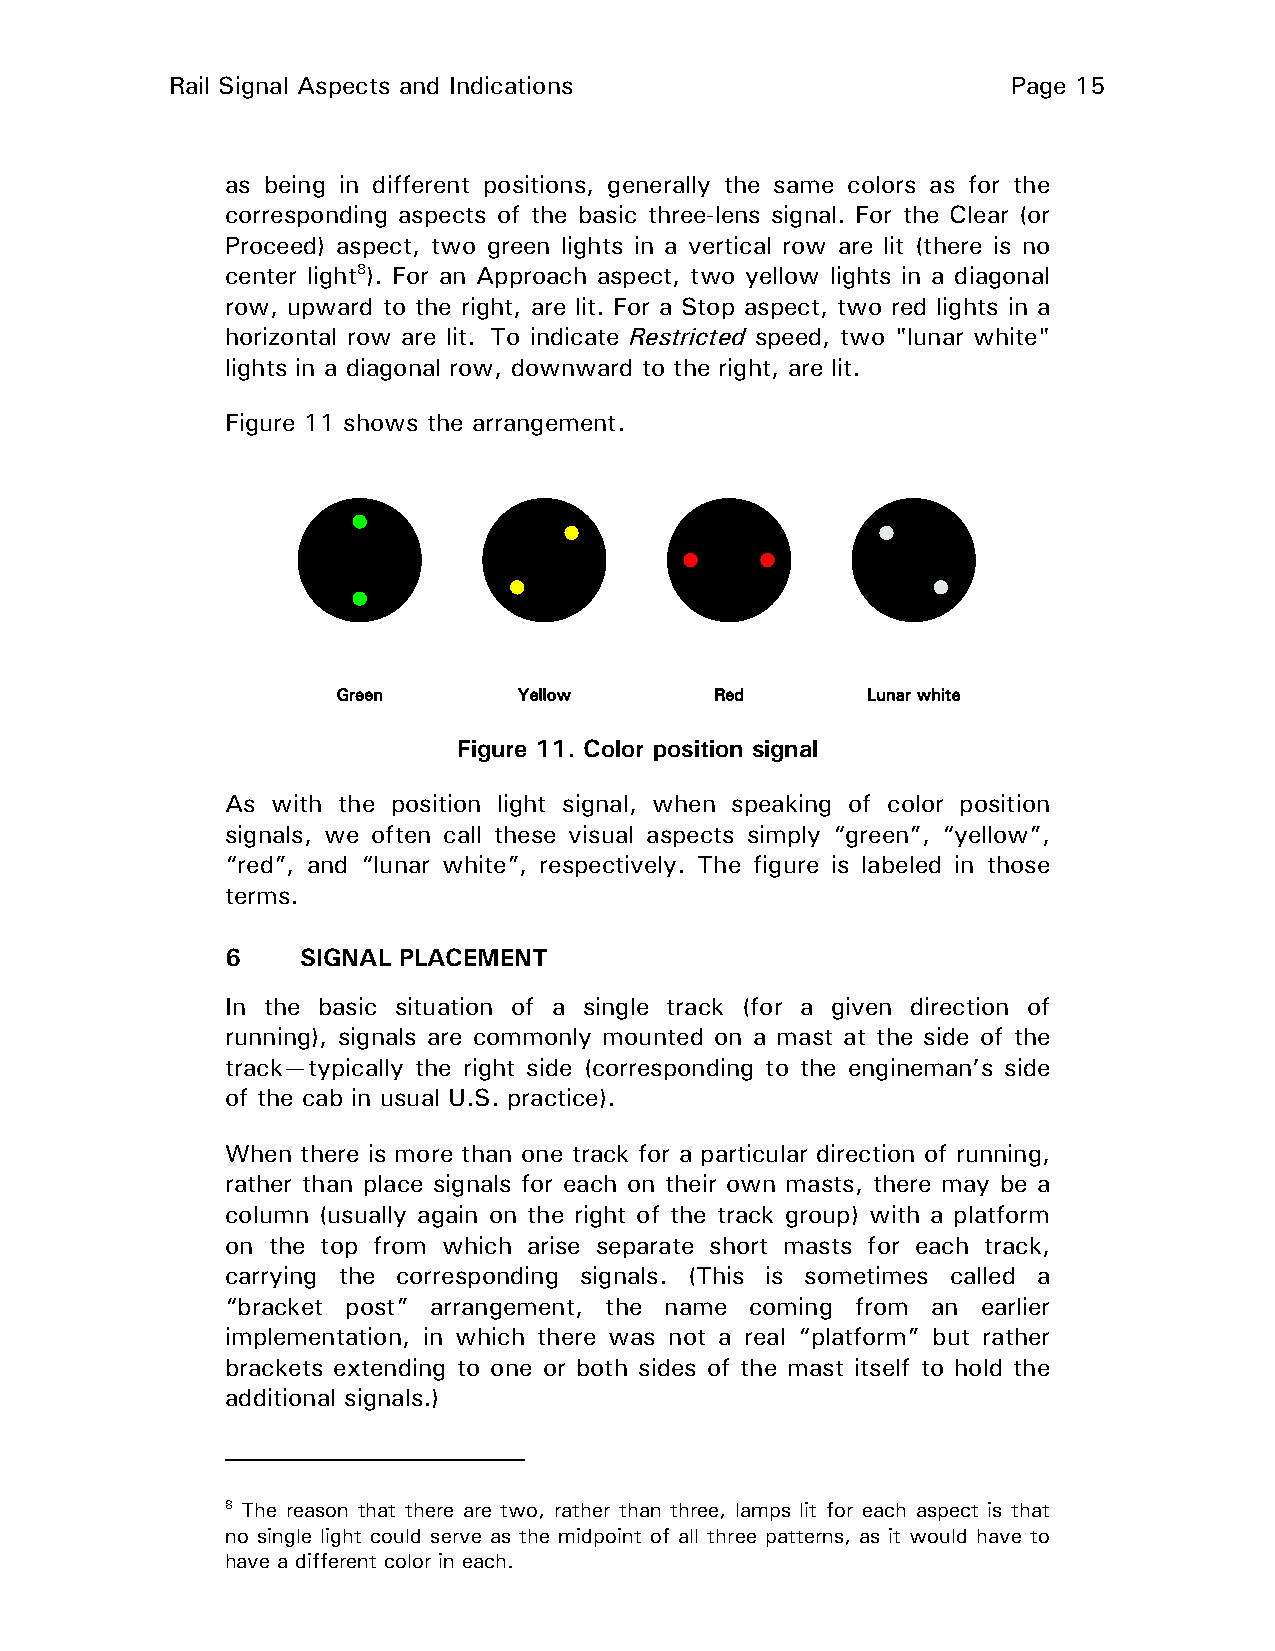
Rail Signal Aspects and Indications                     Page 15
 as being in different positions, generally the same colors as for the
 corresponding aspects of the basic three-lens signal. For the Clear (or
 Proceed) aspect, two green lights in a vertical row are lit (there is no
 center light8). For an Approach aspect, two yellow lights in a diagonal
 row, upward to the right, are lit. For a Stop aspect, two red lights in a
 horizontal row are lit. To indicate Restricted speed, two "lunar white"
 lights in a diagonal row, downward to the right, are lit.
 Figure 11 shows the arrangement.
 Figure 11. Color position signal
 As with the position light signal, when speaking of color position
 signals, we often call these visual aspects simply “green”, “yellow”,
 “red”, and “lunar white”, respectively. The figure is labeled in those
 terms.
 6    SIGNAL PLACEMENT
 In the basic situation of a single track (for a given direction of
 running), signals are commonly mounted on a mast at the side of the
 track—typically the right side (corresponding to the engineman’s side
 of the cab in usual U.S. practice).
 When there is more than one track for a particular direction of running,
 rather than place signals for each on their own masts, there may be a
 column (usually again on the right of the track group) with a platform
 on the top from which arise separate short masts for each track,
 carrying the corresponding signals. (This is sometimes called a
 “bracket post” arrangement, the name coming from an earlier
 implementation, in which there was not a real “platform” but rather
 brackets extending to one or both sides of the mast itself to hold the
 additional signals.)
 8 The reason that there are two, rather than three, lamps lit for each aspect is that
 no single light could serve as the midpoint of all three patterns, as it would have to
 have a different color in each.